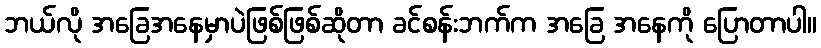
ဘယ်လို အခြေအနေမှာပဲဖြစ်ဖြစ်ဆိုတာ ခင်စန်းဘက်က အခြေ အနေကို ပြောတာပါ။